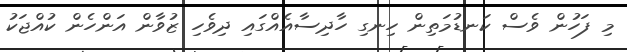
މި ފަހުން ވެސް ކަނޑުމަތިން ހިނގި ހާދިސާއެއްގައި ދިވެހި ޒުވާން އަންހެން ކުއްޖަކު